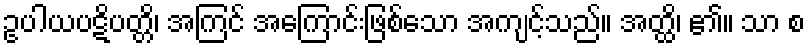
ဥပါယပဋိပတ္တိ၊ အကြင် အကြောင်းဖြစ်သော အကျင့်သည်။ အတ္ထိ၊ ၏။ သာ စ